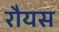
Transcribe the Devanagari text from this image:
रौयस